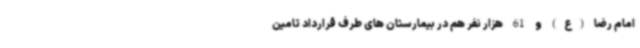
امام رضا (ع) و 61 هزار نفر هم در بیمارستان های طرف قرارداد تامین